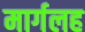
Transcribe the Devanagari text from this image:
मार्गलह